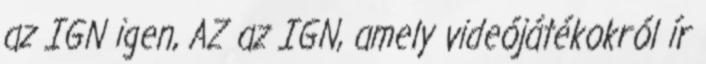
az IGN igen, AZ az IGN, amely videójátékokról ír